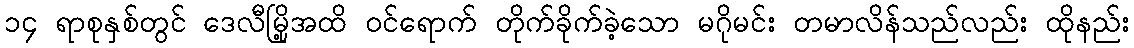
၁၄ ရာစုနှစ်တွင် ဒေလီမြို့အထိ ဝင်ရောက် တိုက်ခိုက်ခဲ့သော မဂိုမင်း တမာလိန်သည်လည်း ထိုနည်း